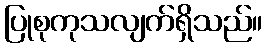
ပြုစုကုသလျက်ရှိသည်။